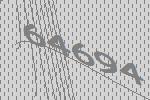
64694